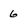
Character: 6